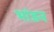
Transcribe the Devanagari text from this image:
भांडन